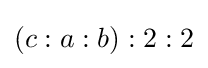
(c:a:b):2:2